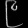
Digit: ၉